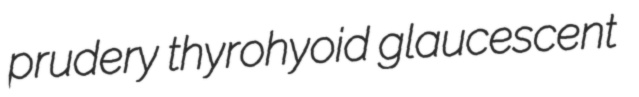
prudery thyrohyoid glaucescent